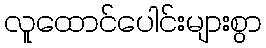
လူထောင်ပေါင်းများစွာ